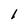
Character: l